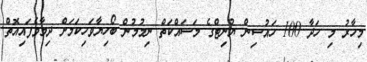
މިހާރު މި ހަދާ 100 ހައުސިން ޔުނިޓްގެ މަސައްކަތް ނިމުމުން ބޯހިޔާވަހިކަމަށް ދިމާވެފައިއޮތް